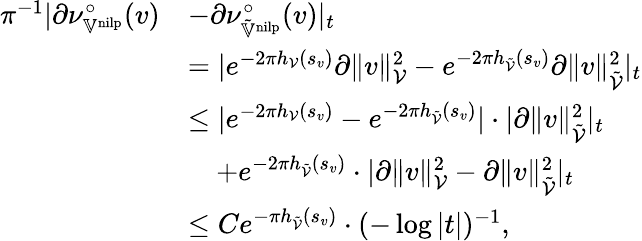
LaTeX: \begin{array}{rl}{\pi^{-1}|\partial\nu_{\mathbb{V}^{\mathrm{nilp}}}^{\circ}(v)}&{-\partial\nu_{\tilde{\mathbb{V}}^{\mathrm{nilp}}}^{\circ}(v)|_{t}}\\ &{=|e^{-2\pi h_{\mathcal{V}}(s_{v})}\partial\| v\| _{\mathcal{V}}^{2}-e^{-2\pi h_{\tilde{\mathcal{V}}}(s_{v})}\partial\| v\| _{\tilde{\mathcal{V}}}^{2}|_{t}}\\ &{\leq|e^{-2\pi h_{\mathcal{V}}(s_{v})}-e^{-2\pi h_{\tilde{\mathcal{V}}}(s_{v})}|\cdot|\partial\| v\| _{\tilde{\mathcal{V}}}^{2}|_{t}}\\ &{\quad+e^{-2\pi h_{\tilde{\mathcal{V}}}(s_{v})}\cdot|\partial\| v\| _{\mathcal{V}}^{2}-\partial\| v\| _{\tilde{\mathcal{V}}}^{2}|_{t}}\\ &{\leq Ce^{-\pi h_{\tilde{\mathcal{V}}}(s_{v})}\cdot(-\log|t|)^{-1},}\end{array}